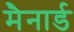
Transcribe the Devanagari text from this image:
मैनार्ड